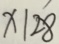
x \vert 2 8